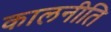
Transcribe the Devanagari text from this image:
कालनीति